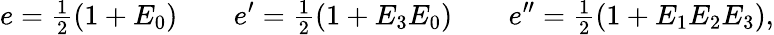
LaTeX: e={\textstyle\frac{1}{2}}(1+E_{0})\qquad e^{\prime}={\textstyle\frac{1}{2}}(1+E_{3}E_{0})\qquad e^{\prime\prime}={\textstyle\frac{1}{2}}(1+E_{1}E_{2}E_{3}),